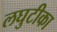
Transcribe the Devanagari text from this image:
लघुटीका